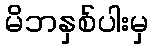
မိဘနှစ်ပါးမှ